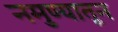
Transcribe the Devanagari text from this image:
नमुण्यातून